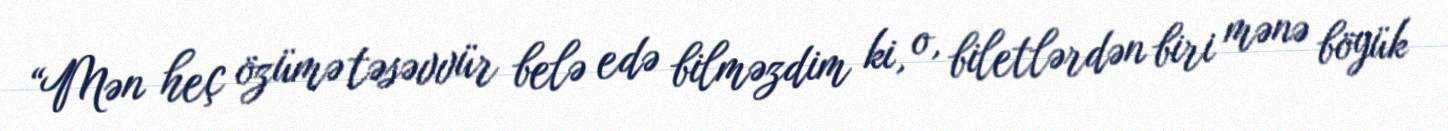
“Mən heç özümə təsəvvür belə edə bilməzdim ki, o, biletlərdən biri mənə böyük